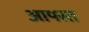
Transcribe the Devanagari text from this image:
आपस्त